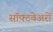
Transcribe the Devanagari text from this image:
सॉफ्टवेअरों